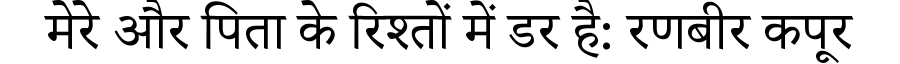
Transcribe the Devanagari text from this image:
मेरे और पिता के रिश्तों में डर है: रणबीर कपूर